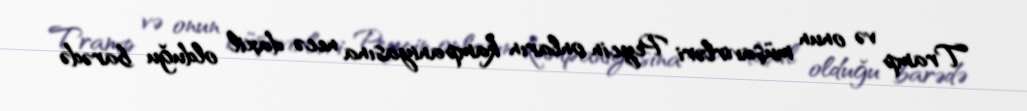
Tramp və onun müşavirləri Peycin onların kampaniyasına necə daxil olduğu barədə